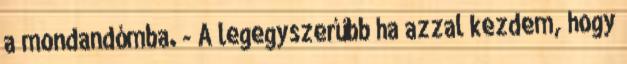
a mondandómba. - A legegyszerűbb ha azzal kezdem, hogy